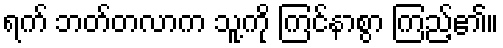
ရက် ဘတ်တလာက သူ့ကို ကြင်နာစွာ ကြည့်၏။